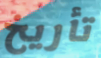
تأريخ